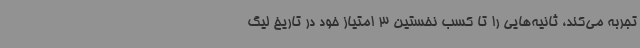
تجربه می‌کند، ثانیه‌هایی را تا کسب نخستین 3 امتیاز خود در تاریخ لیگ